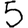
Digit: 5